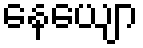
နေယျော